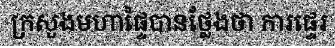
ក្រសួងមហាផ្ទៃបានថ្លែងថា ការផ្ទេរ